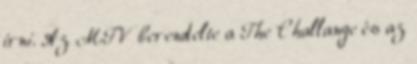
írni. Az MTV berendelte a The Challange és az